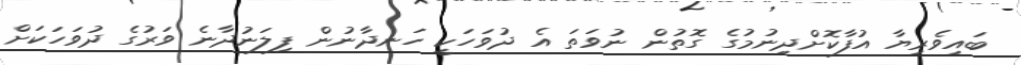
ބައިވެރިޔާ އުފާކޮށްދިނުމުގެ ގޮތުން ނުވަތަ އެ ދުވަހަކީ ހަނދާނުން ފިލަނުދާނެ ވަރުގެ ދުވަހަކަށް